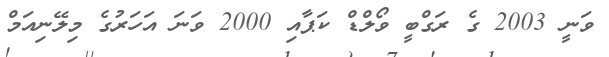
ވަނީ 2003 ގެ ރަގްބީ ވޯލްޑް ކަޕާއި 2000 ވަނަ އަހަރުގެ މިލޭނިއަމް